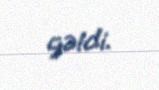
gəldi.